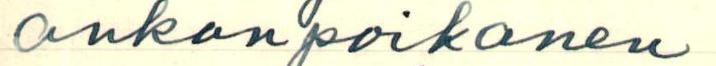
ankanpoikanen